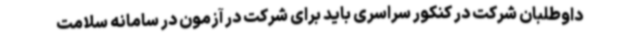
داوطلبان شرکت در کنکور سراسری باید برای شرکت در آزمون در سامانه سلامت